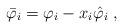
LaTeX: \begin{align*}\bar \varphi_i = \varphi _i - x_i \hat \varphi_i \; ,\end{align*}